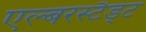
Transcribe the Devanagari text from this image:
एल्बरस्टैड्ट